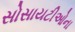
સોસાયટીઓના